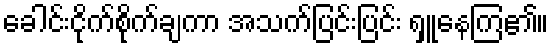
ခေါင်းငိုက်စိုက်ချကာ အသက်ပြင်းပြင်း ရှူနေကြ၏။